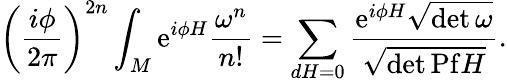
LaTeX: \left(\frac{i\phi}{{2\pi}}\right)^{2n}\int_{M}\mathrm{e}^{i\phi H}\frac{\omega^{n}}{n!}=\sum_{dH=0}\frac{\mathrm{e}^{i\phi H}{{\sqrt{\operatorname*{det}\omega}}}}{\sqrt{\operatorname*{det}\mathrm{Pf}H}}.